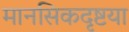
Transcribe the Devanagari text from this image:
मानसिकदृष्टया